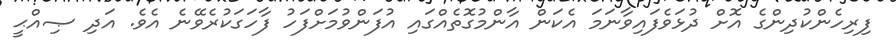
ފިރިހެންކުދިންގެ އޮށް ދުޅަވެފައިވާނަމަ އެކަން އާންމުގޮތެއްގައި އުފަންވުމަށްފަހު ފާހަގަކުރެވޭނެ އެވެ. އަދި ޞިއްޙީ